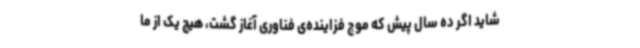
شاید اگر ده سال پیش که موج فزاینده‌ی فناوری آغاز گشت، هیچ یک از ما